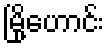
မြို့ဟောင်း